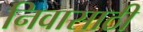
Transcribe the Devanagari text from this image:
निवासाठी